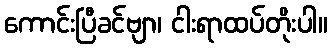
ကောင်းပြီခင်ဗျာ၊ ငါးရာထပ်တိုးပါ။